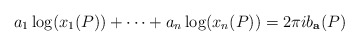
\begin{align*} a_1 \log(x_1(P))+ \cdots + a_n \log(x_n(P))=2\pi i b_{\mathbf a}(P) \end{align*}